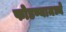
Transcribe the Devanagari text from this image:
फोडण्यामध्ये